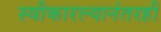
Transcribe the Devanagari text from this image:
स्वीकारल्यानंतरही